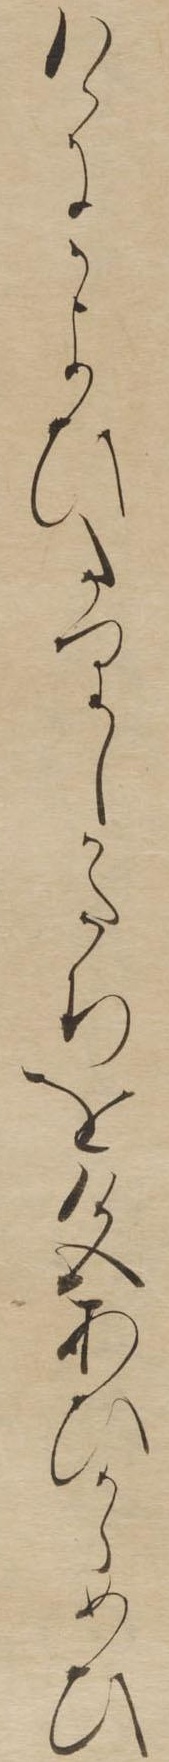
けにかよひたりしかたちを色あひからめひ